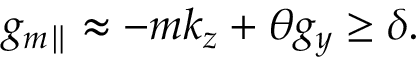
g _ { m \parallel } \approx - m k _ { z } + \theta g _ { y } \geq \delta .